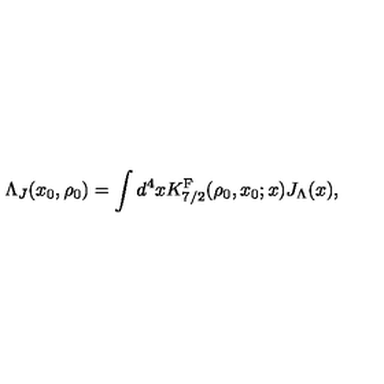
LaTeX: \Lambda _ { J } ( x _ { 0 } , \rho _ { 0 } ) = \int d ^ { 4 } x K _ { 7 / 2 } ^ { \mathrm { F } } ( \rho _ { 0 } , x _ { 0 } ; x ) J _ { \Lambda } ( x ) ,